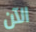
الآن